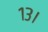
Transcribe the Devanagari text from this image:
१३।